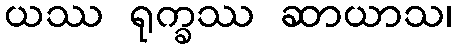
ယဿ ရုက္ခဿ ဆာယာသ၊